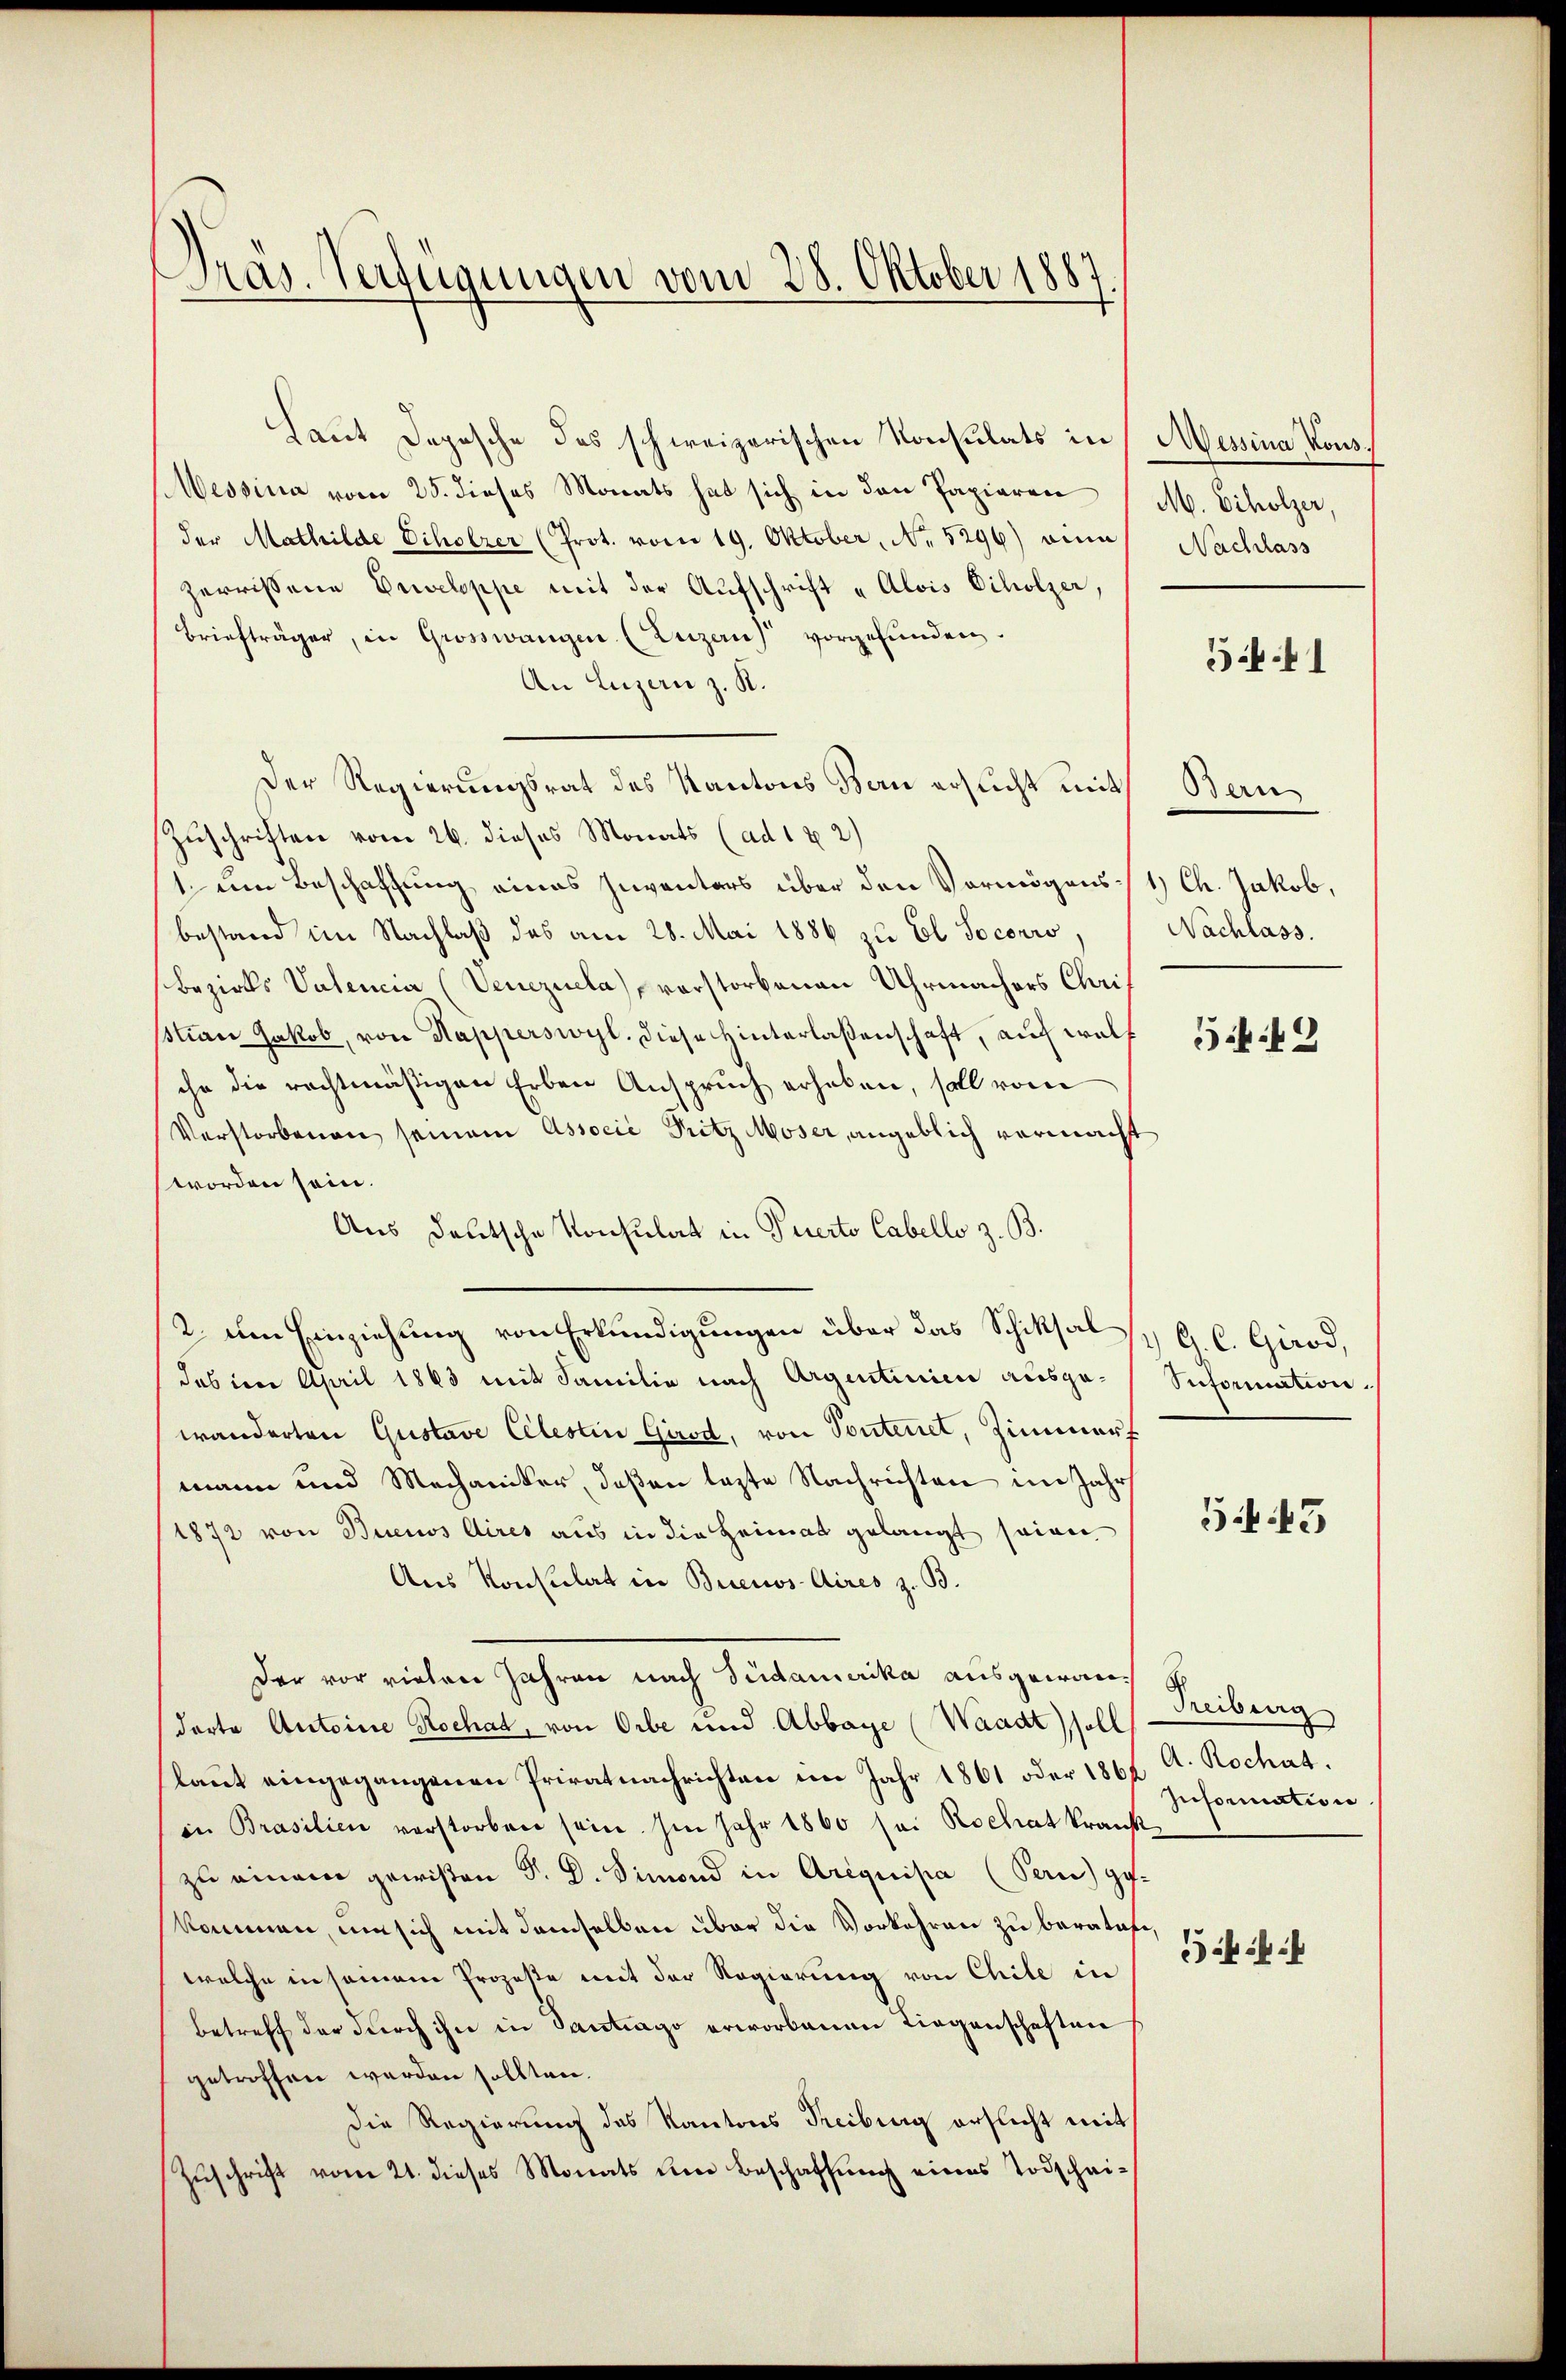
Präs. Verfügungen vom 28. Oktober 1887

Laut Depesche das schweizerischen Konsulats in Messina Kons
Messina vom 25. dieses Monats hat sich in den Papieren
der Mathilde Scholzer (Prot. vom 19. Oktober, No. 5296) einn
zerrissene Enveloppe mit der Aufschrift „Alois Scholzer,
Briefträger, in Grosswangen (Luzern) vorgefŭnden.
An Luzern z. R.
Der Regierungsrat des Kantons Bern ersucht mit
Zuschriften vom 26. dieses Monats (ad 1 & 2)
1 um Beschaffung eines Inventars über den Vermögens 1 Ch. Jakob,
bestand im Nachlaβ des am 28. Mai 1886 zu El Socorro, / Nachlass.
Bezirks Vatencia (Venezuela) vorstorbenen Uhrmachers Christian Jakob, von Kapperswyl. diese Hinterlaßenschaft, auch welch
che die rechtmäßigen Erben Anspruch erhaben, soll vom
Verstorbenen seinem Associé Pritz Moser, angeblich vermacht
worden sein.
Aus deutsche Konsulat in Puerto Cabelle z. B.
2. Die Einziehung von Erkundigungen über das Schiksals G. C. Girod,
das im April 1863 mit Familie nach Argentinien ausge- Information
wanderten Gustave Celestin Girod, von Sontenet, Zimmerf
mann und Mechaniker, deßen lezte Nachrichten im Jahr
1872 von Buenos Aires aus in die Heimat gelangt seien
Aus Konsulat in Buenos-Aires z. B.
Der vor vielen Jahren nach Südamerika ausgewanderte Antoine Rochat, von Orbe und Abbaye (Waadt) soll
laut eingegangenen Privatnachrichten im Jahr 1861 oder 1864 A. Rochat.
in Brasilien verstorben sein. Im Jahr 1860 sei Rochat krank
zu einem gewißen S. D. Simond in Arequisia (Pen) gekommen, um sich mit demselben über die Vorkehren zu beratifiwelche in seinem Prozeste mit der Regierung von Chile in
betreff der durch ihn in Santrago erworbenen Liegenschaften,
getroffen werden sollten.
Die Regierung des Kantons Freiburg erflicht mit
Zuschrift vom 21. dieses Monats um Beschaffung eines Todschei¬

M. Scholzer,
Nachlass

Ben

54. 41

549

545

Treiberg
Insornation

4